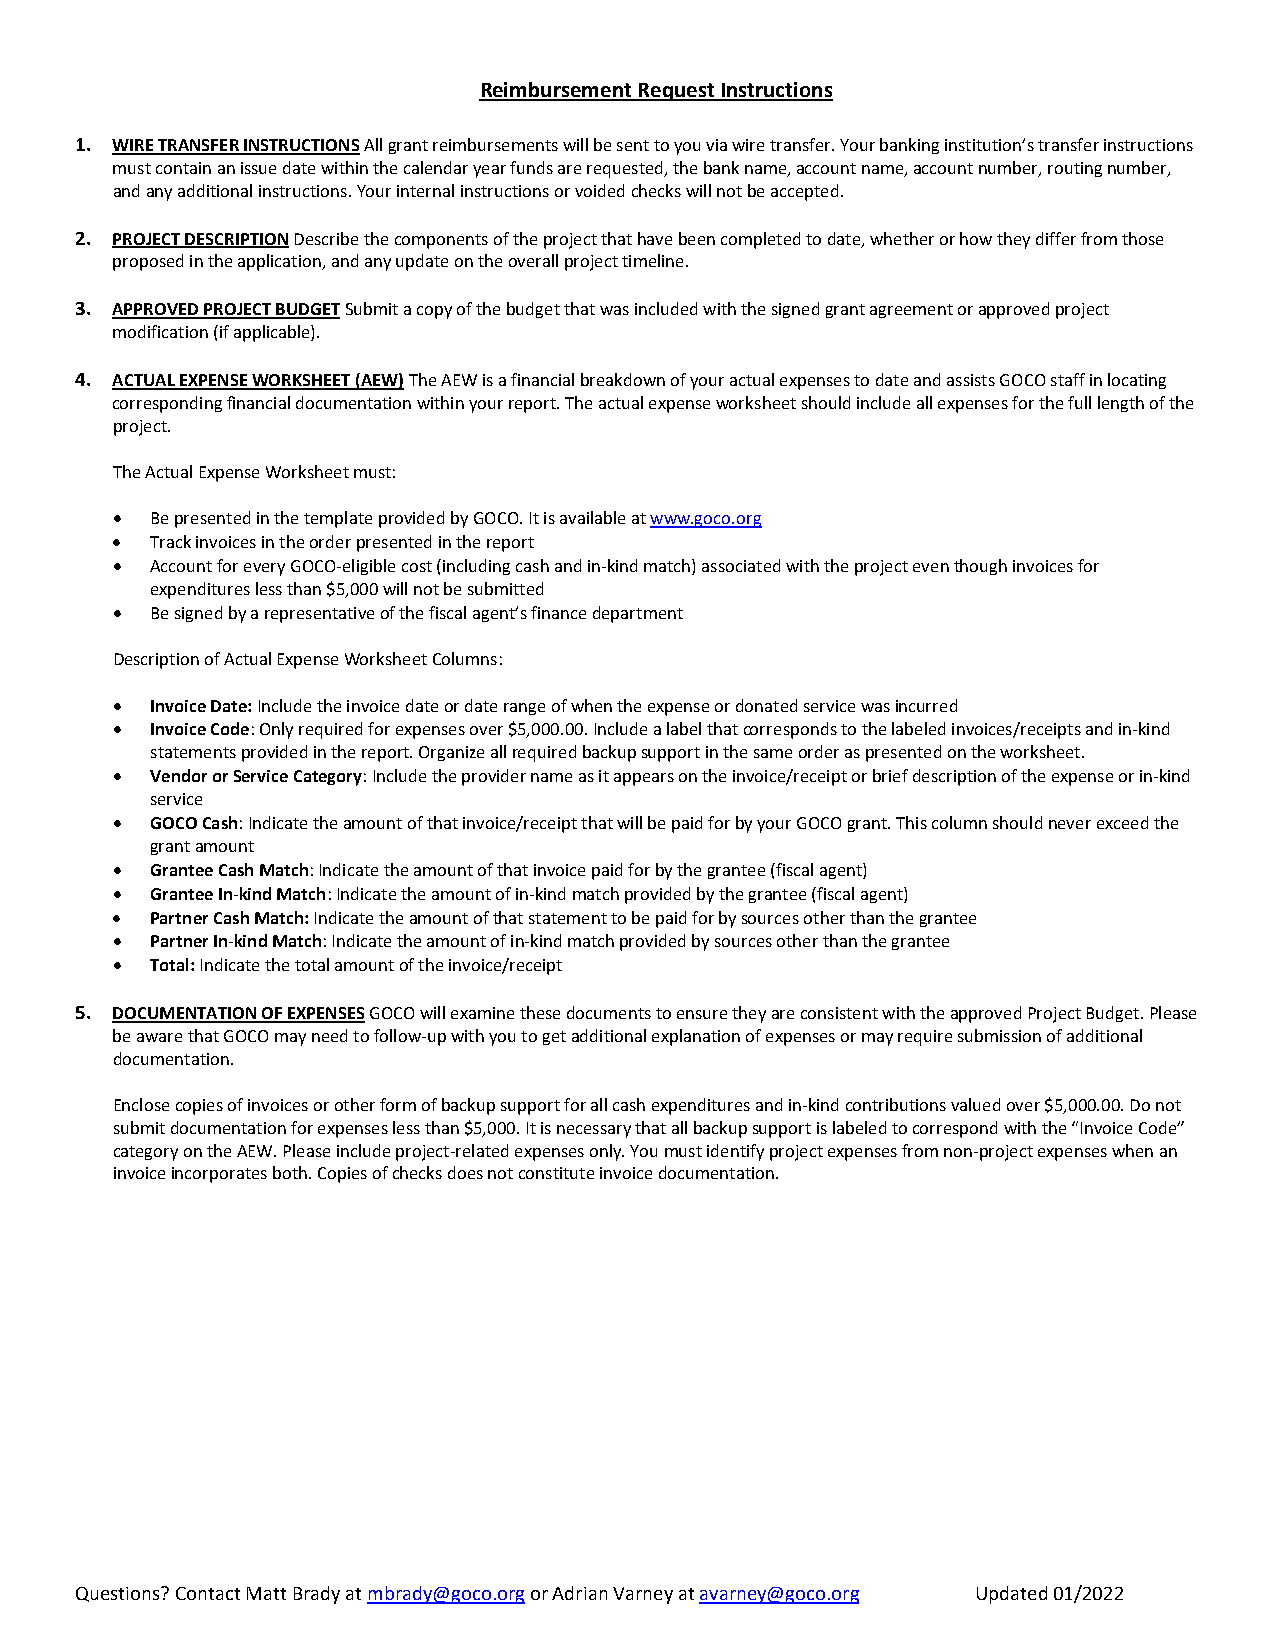
Reimbursement Request Instructions
 1. WIRE TRANSFER INSTRUCTIONS All grant reimbursements will be sent to you via wire transfer. Your banking institution’s transfer instructions
 must contain an issue date within the calendar year funds are requested, the bank name, account name, account number, routing number,
 and any additional instructions. Your internal instructions or voided checks will not be accepted.
 2. PROJECT DESCRIPTION Describe the components of the project that have been completed to date, whether or how they differ from those
 proposed in the application, and any update on the overall project timeline.
 3. APPROVED PROJECT BUDGET Submit a copy of the budget that was included with the signed grant agreement or approved project
 modification (if applicable).
 4. ACTUAL EXPENSE WORKSHEET (AEW) The AEW is a financial breakdown of your actual expenses to date and assists GOCO staff in locating
 corresponding financial documentation within your report. The actual expense worksheet should include all expenses for the full length of the
 project.
 The Actual Expense Worksheet must:
   Be presented in the template provided by GOCO. It is available at www.goco.org
   Track invoices in the order presented in the report
   Account for every GOCO‐eligible cost (including cash and in‐kind match) associated with the project even though invoices for
 expenditures less than $5,000 will not be submitted
   Be signed by a representative of the fiscal agent’s finance department
 Description of Actual Expense Worksheet Columns:
   Invoice Date: Include the invoice date or date range of when the expense or donated service was incurred
   Invoice Code: Only required for expenses over $5,000.00. Include a label that corresponds to the labeled invoices/receipts and in‐kind
 statements provided in the report. Organize all required backup support in the same order as presented on the worksheet.
   Vendor or Service Category: Include the provider name as it appears on the invoice/receipt or brief description of the expense or in‐kind
 service
   GOCO Cash: Indicate the amount of that invoice/receipt that will be paid for by your GOCO grant. This column should never exceed the
 grant amount
   Grantee Cash Match: Indicate the amount of that invoice paid for by the grantee (fiscal agent)
   Grantee In‐kind Match: Indicate the amount of in‐kind match provided by the grantee (fiscal agent)
   Partner Cash Match: Indicate the amount of that statement to be paid for by sources other than the grantee
   Partner In‐kind Match: Indicate the amount of in‐kind match provided by sources other than the grantee
   Total: Indicate the total amount of the invoice/receipt
 5. DOCUMENTATION OF EXPENSES GOCO will examine these documents to ensure they are consistent with the approved Project Budget. Please
 be aware that GOCO may need to follow‐up with you to get additional explanation of expenses or may require submission of additional
 documentation.
 Enclose copies of invoices or other form of backup support for all cash expenditures and in‐kind contributions valued over $5,000.00. Do not
 submit documentation for expenses less than $5,000. It is necessary that all backup support is labeled to correspond with the “Invoice Code”
 category on the AEW. Please include project‐related expenses only. You must identify project expenses from non‐project expenses when an
 invoice incorporates both. Copies of checks does not constitute invoice documentation.
 Questions? Contact Matt Brady at mbrady@goco.org or Adrian Varney at avarney@goco.org Updated 01/2022